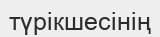
түрікшесінің